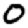
Digit: 0